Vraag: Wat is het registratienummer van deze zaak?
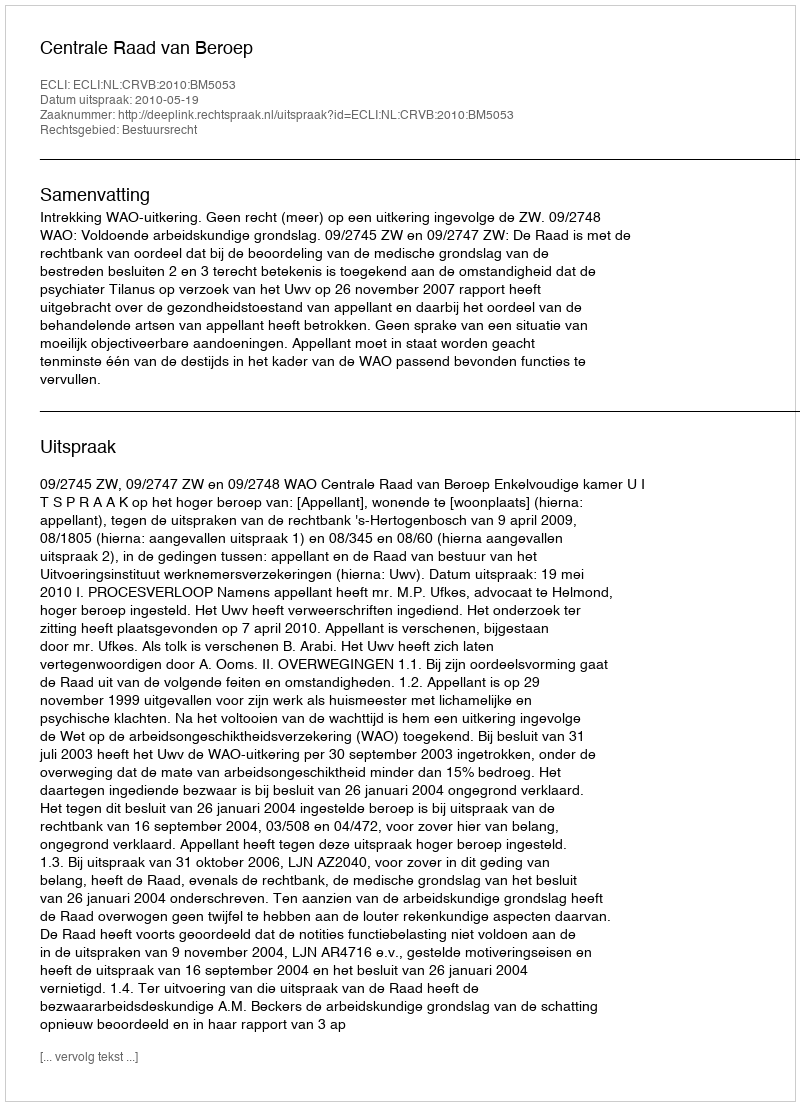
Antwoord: http://deeplink.rechtspraak.nl/uitspraak?id=ECLI:NL:CRVB:2010:BM5053